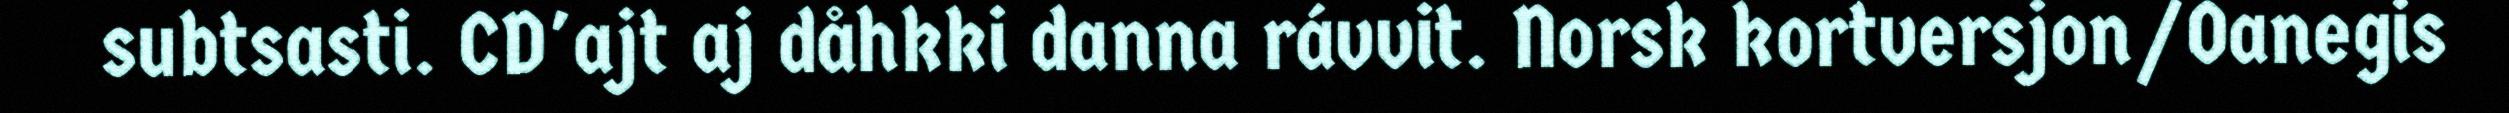
subtsasti. CD'ajt aj dåhkki danna rávvit. Norsk kortversjon/Oanegis